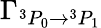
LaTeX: \Gamma_{{}^{3}P_{0}\rightarrow{}^{3}P_{1}}